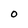
Character: O